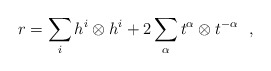
\begin{align*}r = \sum_{i} h^{i}\otimes h^{i} + 2\sum_{\alpha}t^{\alpha}\otimes t^{-\alpha} \ \ , \end{align*}